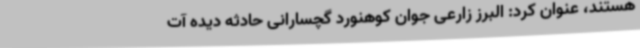
هستند، عنوان کرد: البرز زارعی جوان کوهنورد گچسارانی حادثه دیده آت